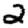
Digit: 2